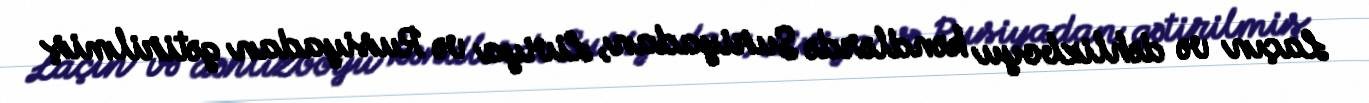
Laçın və dəhlizboyu kəndlərdə Suriyadan, Liviya və Rusiyadan gətirilmiş